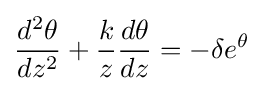
{\frac {d^{2}\theta }{dz^{2}}}+{\frac {k}{z}}{\frac {d\theta }{dz}}=-\delta e^{\theta }